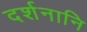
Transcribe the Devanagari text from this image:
दर्शनानि